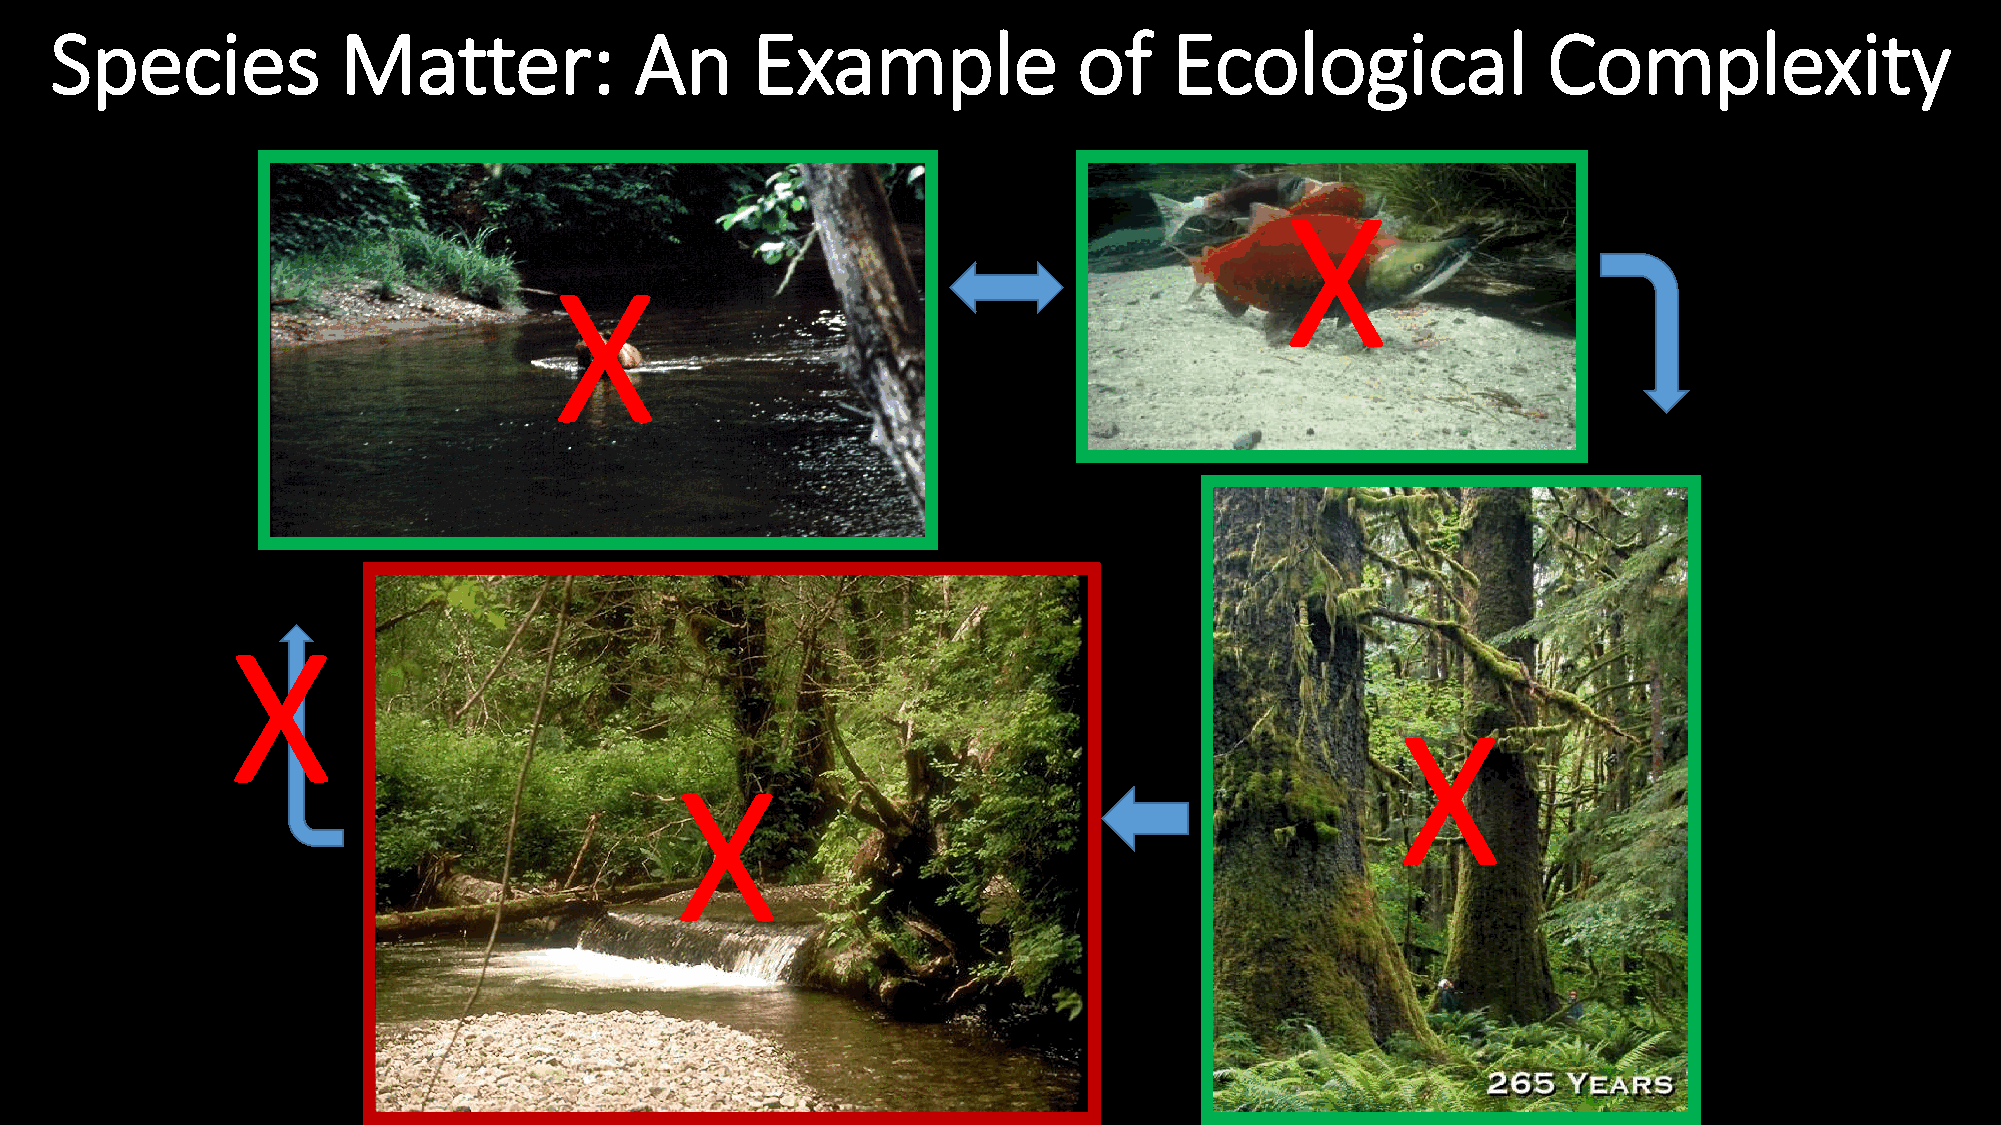
Species            Matter:             An      Example              of     Ecological              Complexity
 X
 X
 X
 X
 X